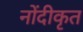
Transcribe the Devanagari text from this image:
नोंदीकृत